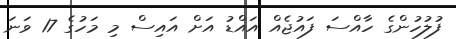
ފުލުހުންގެ ހާއްސަ ފައުޖެއް އައްޑު އަށް އައިސް މި މަހުގެ 17 ވަނަ